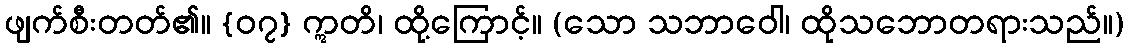
ဖျက်စီးတတ်၏။ {၀၇} ဣတိ၊ ထို့ကြောင့်။ (သော သဘာဝေါ၊ ထိုသဘောတရားသည်။)